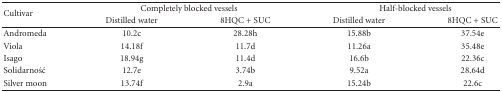
<table><thead><tr><td rowspan="2"><b>Cultivar</b></td><td colspan="2"><b>Completely blocked vessels</b></td><td colspan="2"><b>Half-blocked vessels</b></td></tr><tr><td><b>Distilled water</b></td><td><b>8HQC + SUC</b></td><td><b>Distilled water</b></td><td><b>8HQC + SUC</b></td></tr></thead><tbody><tr><td>Andromeda</td><td>10.2c</td><td>28.28h</td><td>15.88b</td><td>37.54e</td></tr><tr><td>Viola</td><td>14.18f</td><td>11.7d</td><td>11.26a</td><td>35.48e</td></tr><tr><td>Isago</td><td>18.94g</td><td>11.4d</td><td>16.6b</td><td>22.36c</td></tr><tr><td>Solidarność</td><td>12.7e</td><td>3.74b</td><td>9.52a</td><td>28.64d</td></tr><tr><td>Silver moon</td><td>13.74f</td><td>2.9a</td><td>15.24b</td><td>22.6c</td></tr></tbody></table>